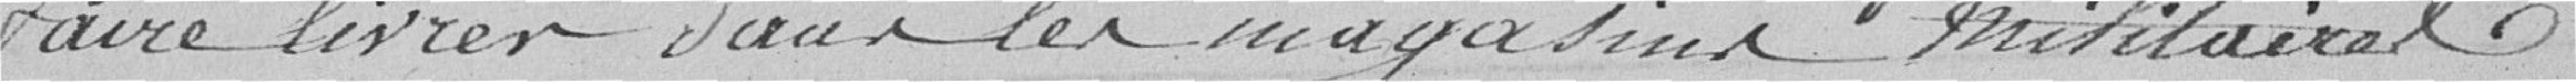
faire livrer dans les magasins militaires